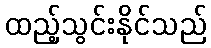
ထည့်သွင်းနိုင်သည်